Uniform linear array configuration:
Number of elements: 16
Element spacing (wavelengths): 0.75
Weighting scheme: binomial
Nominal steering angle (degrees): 60
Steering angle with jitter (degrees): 60.838
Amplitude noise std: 0.05
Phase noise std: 0.05

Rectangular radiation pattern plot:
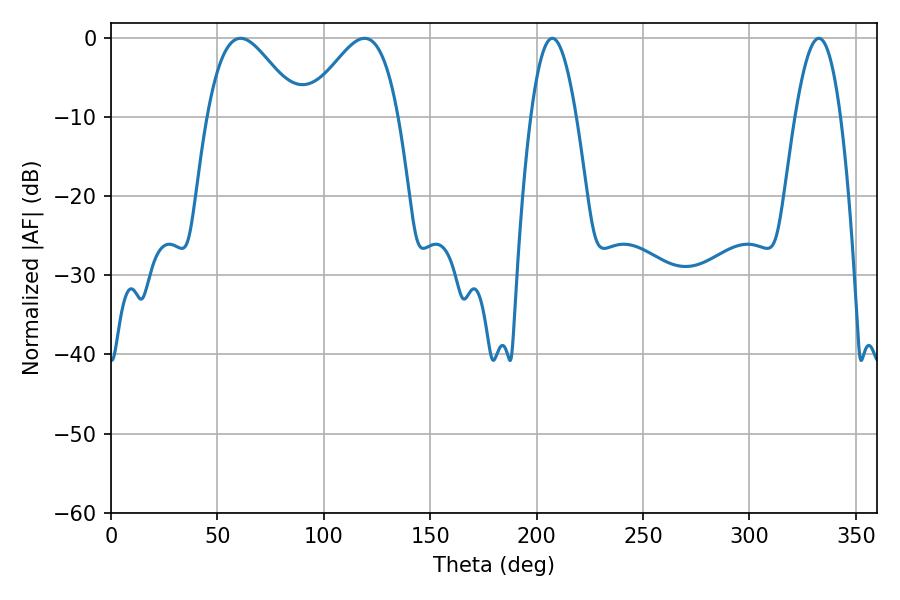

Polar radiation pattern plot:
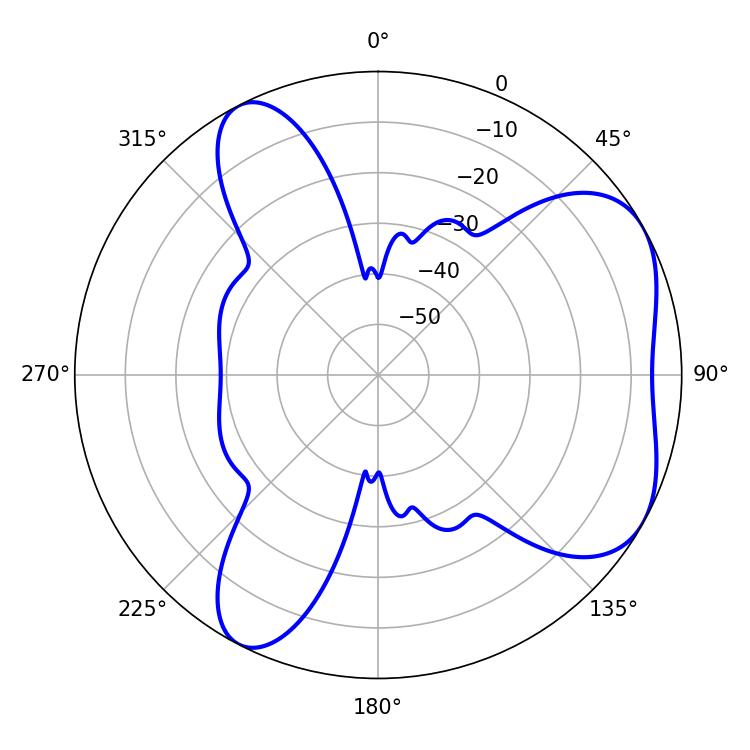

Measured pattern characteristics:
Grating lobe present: TRUE
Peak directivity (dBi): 5.269
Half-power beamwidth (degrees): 11.52
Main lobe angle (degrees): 207.36